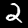
Label: 2